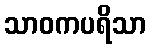
သာဝကပရိသာ